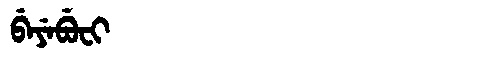
Manchu: ᠪᡝᠶᡝᠪᡠᠸᡳ
Romanization: BEYEBUFI